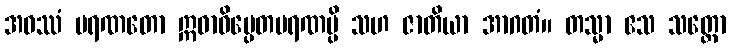
အဝဿံ မရဏတော ဣဓာဓိပ္ပေတမရဏမ္ပိ သဟ ဇာတိယာ အာဂတံ။ တသ္မာ ဧသ သတ္တော